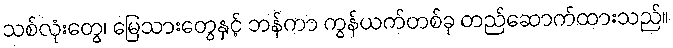
သစ်လုံးတွေ၊ မြေသားတွေနှင့် ဘန်ကာ ကွန်ယက်တစ်ခု တည်ဆောက်ထားသည်။